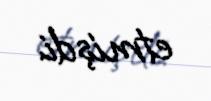
etmişdi.